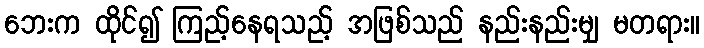
ဘေးက ထိုင်၍ ကြည့်နေရသည့် အဖြစ်သည် နည်းနည်းမျှ မတရား။